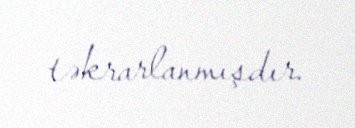
təkrarlanmışdır.